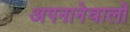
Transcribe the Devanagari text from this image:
अपनानेवालों